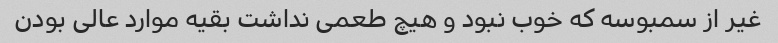
غیر از سمبوسه که خوب نبود و هیچ طعمی نداشت بقیه موارد عالی بودن